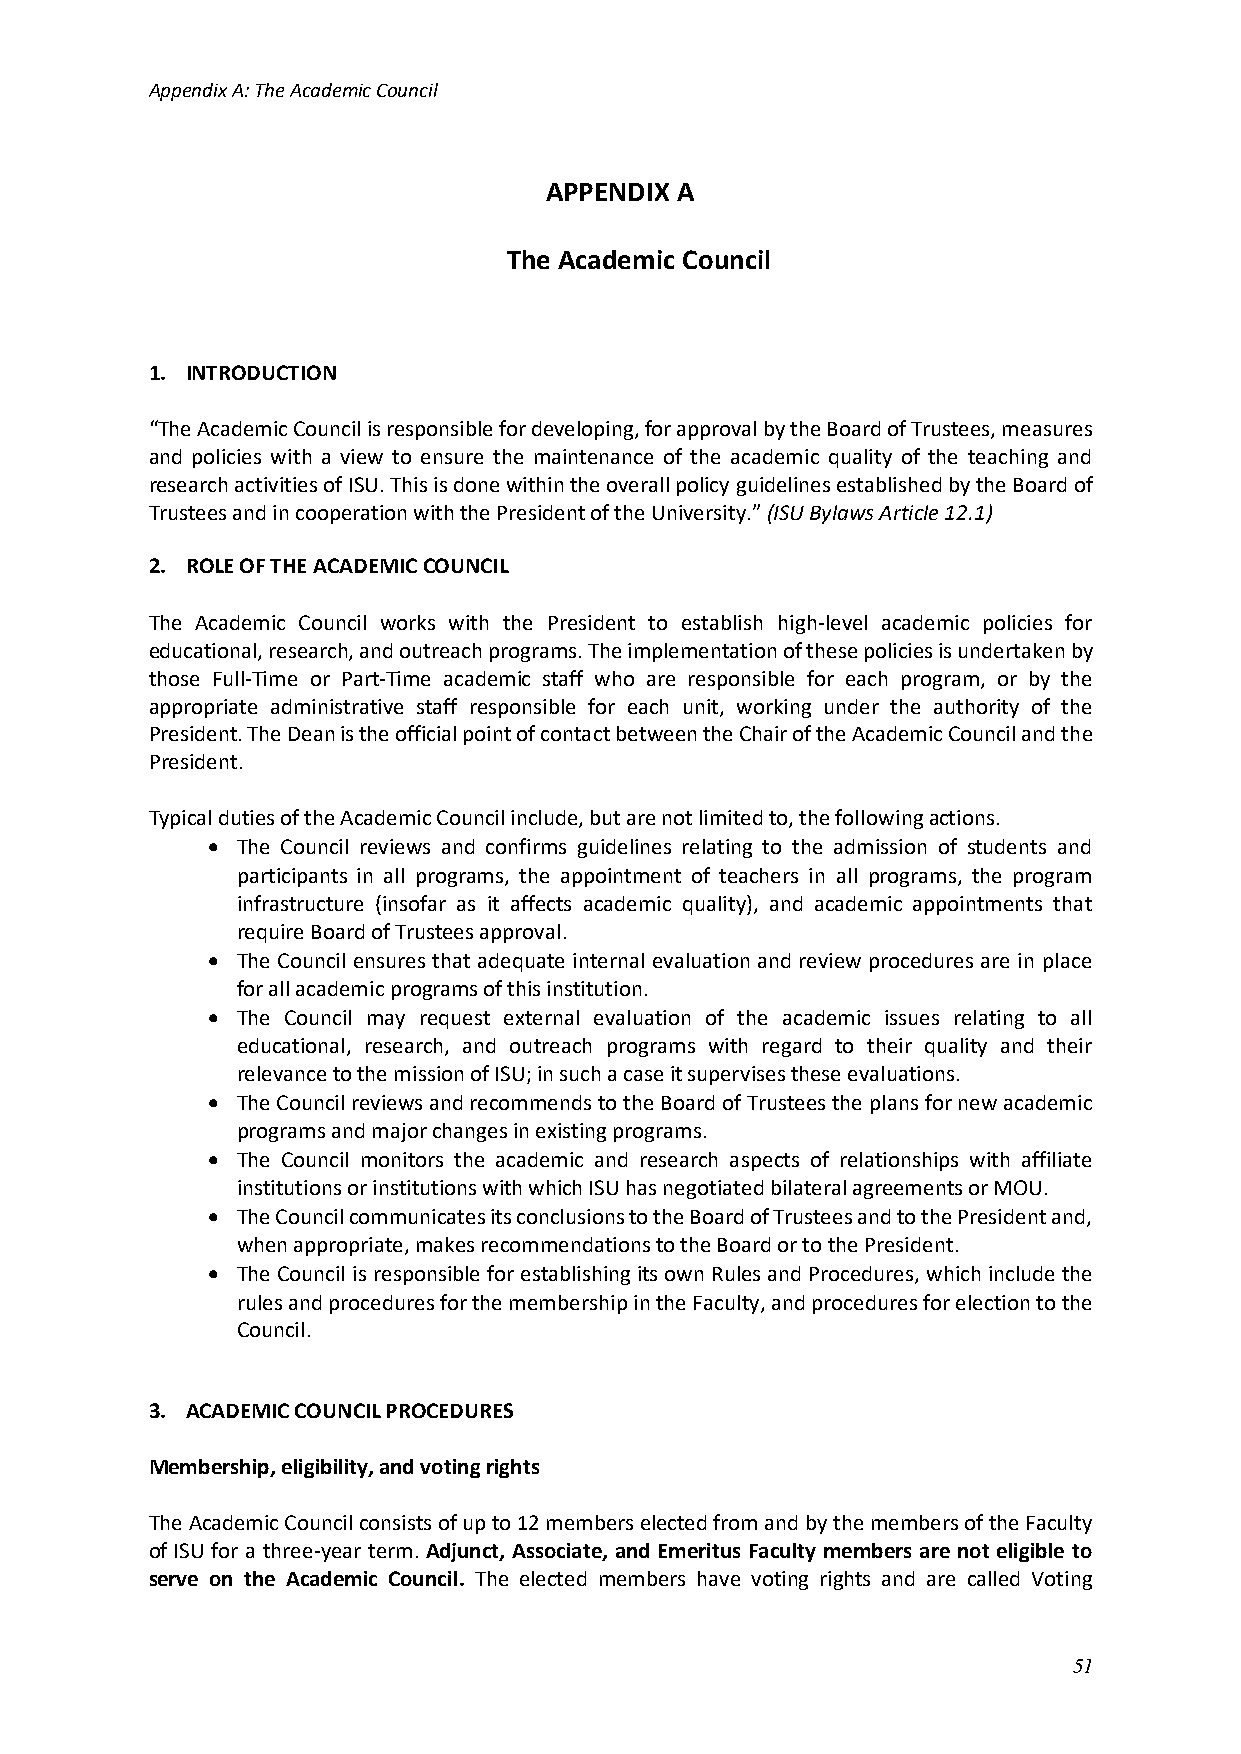
Appendix A: The Academic Council
 APPENDIX A
 The Academic Council
 1. INTRODUCTION
 “The Academic Council is responsible for developing, for approval by the Board of Trustees, measures
 and policies with a view to ensure the maintenance of the academic quality of the teaching and
 research activities of ISU. This is done within the overall policy guidelines established by the Board of
 Trustees and in cooperation with the President of the University.” (ISU Bylaws Article 12.1)
 2. ROLE OF THE ACADEMIC COUNCIL
 The Academic Council works with the President to establish high-level academic policies for
 educational, research, and outreach programs. The implementation of these policies is undertaken by
 those Full-Time or Part-Time academic staff who are responsible for each program, or by the
 appropriate administrative staff responsible for each unit, working under the authority of the
 President. The Dean is the official point of contact between the Chair of the Academic Council and the
 President.
 Typical duties of the Academic Council include, but are not limited to, the following actions.
 • The Council reviews and confirms guidelines relating to the admission of students and
 participants in all programs, the appointment of teachers in all programs, the program
 infrastructure (insofar as it affects academic quality), and academic appointments that
 require Board of Trustees approval.
 • The Council ensures that adequate internal evaluation and review procedures are in place
 for all academic programs of this institution.
 • The Council may request external evaluation of the academic issues relating to all
 educational, research, and outreach programs with regard to their quality and their
 relevance to the mission of ISU; in such a case it supervises these evaluations.
 • The Council reviews and recommends to the Board of Trustees the plans for new academic
 programs and major changes in existing programs.
 • The Council monitors the academic and research aspects of relationships with affiliate
 institutions or institutions with which ISU has negotiated bilateral agreements or MOU.
 • The Council communicates its conclusions to the Board of Trustees and to the President and,
 when appropriate, makes recommendations to the Board or to the President.
 • The Council is responsible for establishing its own Rules and Procedures, which include the
 rules and procedures for the membership in the Faculty, and procedures for election to the
 Council.
 3. ACADEMIC COUNCIL PROCEDURES
 Membership, eligibility, and voting rights
 The Academic Council consists of up to 12 members elected from and by the members of the Faculty
 of ISU for a three-year term. Adjunct, Associate, and Emeritus Faculty members are not eligible to
 serve on the Academic Council. The elected members have voting rights and are called Voting
 51